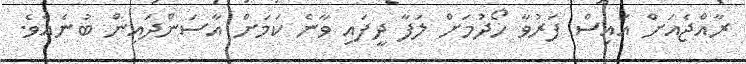
ރާއްޖެއަށް އައިސް ފަރުވާ ހޯދުމަށް ލަފާ ދީފައި ވާނެ ކަމަށް އާސަންދައިން ބުނެއެވެ.